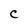
Character: C